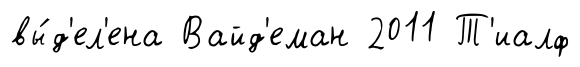
вы́д'ел'ена Вайд'еман 2011 Т'иалф